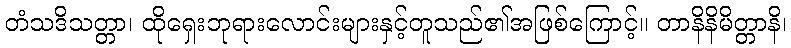
တံသဒိသတ္တာ၊ ထိုရှေးဘုရားလောင်းများနှင့်တူသည်၏အဖြစ်ကြောင့်။ တာနိနိမိတ္တာနိ၊